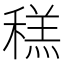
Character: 䅵